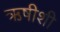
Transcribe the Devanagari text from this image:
ऋषीशी